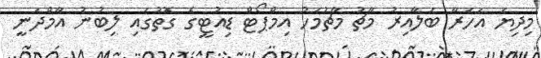
މިދިޔަ އަހަރާ ބަލާއިރު މާޗު މާޗުމަހު އިމްޕޯޓް ޑިއުޓީގެ ގޮތުގައި ލިބުނު އާމްދަނީ